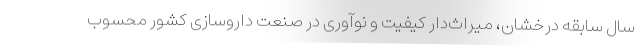
سال سابقه درخشان، میراث‌دار کیفیت و نوآوری در صنعت داروسازی کشور محسوب